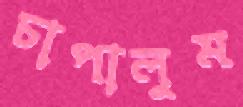
চাপালুম